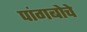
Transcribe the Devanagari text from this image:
पांगबोचे